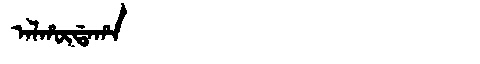
Manchu: ᠠᠯᡥᡡᡩᠠᡥᠠ
Romanization: ALHŪDAHA